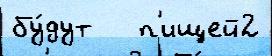
бу́дут   п'ищей2